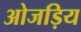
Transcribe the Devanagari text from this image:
ओजड़िय